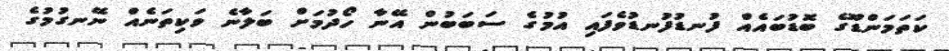
ކަތަމަންޑޫގެ ބޮޑުބައެއް ފުނޑުފުނޑުވެފައި އުމުގެ ސަބަބުން އޭނާ ހޯދުމަށް ބަލާނެ ވަކިތަނެއް ނޭނގުމުގެ